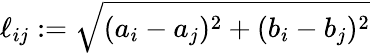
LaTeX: \ell_{ij}:=\sqrt{(a_{i}-a_{j})^{2}+(b_{i}-b_{j})^{2}}